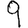
Digit: 9